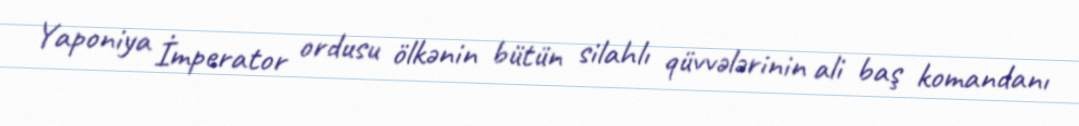
Yaponiya İmperator ordusu ölkənin bütün silahlı qüvvələrinin ali baş komandanı